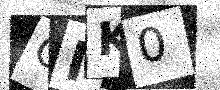
Text: OMK0